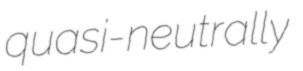
quasi-neutrally